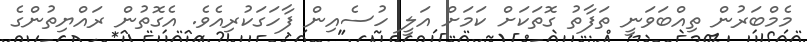
މެމްބަރުން ތިއްބަވަނީ ތަފާތު ގޮތަކަށް ކަމަށް އަލީ ހުސެއިން ފާހަގަކުރިއެވެ. އެގޮތުން ރައްޔިތުންގެ